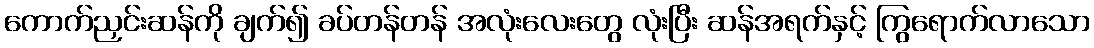
ကောက်ညှင်းဆန်ကို ချက်၍ ခပ်တန်တန် အလုံးလေးတွေ လုံးပြီး ဆန်အရက်နှင့် ကြွရောက်လာသော